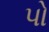
પો